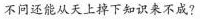
不问还能从天上掉下知识来不成?